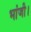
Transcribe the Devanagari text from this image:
भांजी।